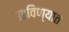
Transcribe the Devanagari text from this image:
उडविण्यात